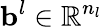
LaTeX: \mathbf{b}^{l}\in\mathbb{R}^{n_{l}}